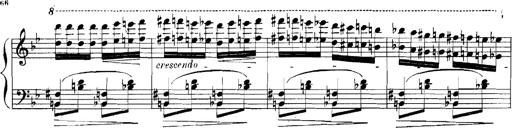
Title: Rhapsodies hongroises
Composer: Franz Liszt